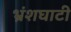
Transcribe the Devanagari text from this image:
भ्रंशघाटी